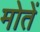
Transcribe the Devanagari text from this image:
मोतें